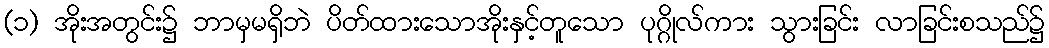
(၁) အိုးအတွင်း၌ ဘာမှမရှိဘဲ ပိတ်ထားသောအိုးနှင့်တူသော ပုဂ္ဂိုလ်ကား သွားခြင်း လာခြင်းစသည်၌